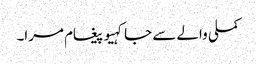
کملی والے سے جا کہیو پیغام مرا۔